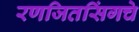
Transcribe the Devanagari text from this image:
रणजितसिंगचे